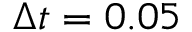
\Delta t = 0 . 0 5